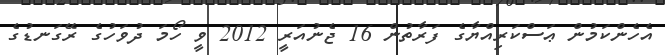
އެހެންކަމުން ޢަސްކަރިއްޔާގެ ފަރާތުން 16 ޖެނުއަރީ 2012 ވީ ހޯމަ ދުވަހުގެ ރޭގަނޑުގެ